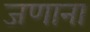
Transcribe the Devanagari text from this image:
जणाना